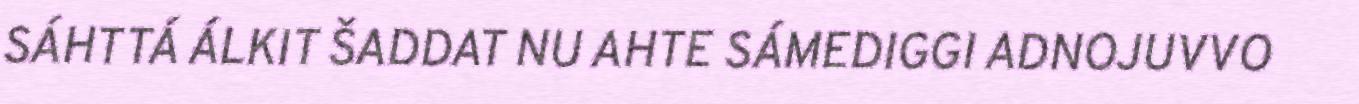
SÁHTTÁ ÁLKIT ŠADDAT NU AHTE SÁMEDIGGI ADNOJUVVO